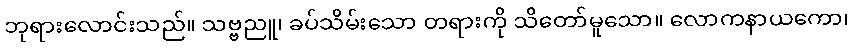
ဘုရားလောင်းသည်။ သဗ္ဗညူ၊ ခပ်သိမ်းသော တရားကို သိတော်မူသော။ လောကနာယကော၊